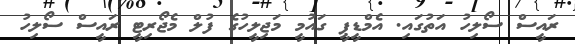
ރައީސް ސޯލިހު އަތުގައި. އެމްޑީޕީ ގައުމީ މަޖިލީހުގެ ފުލް މެޖޯރިޓީ ރައީސް ސޯލިހު